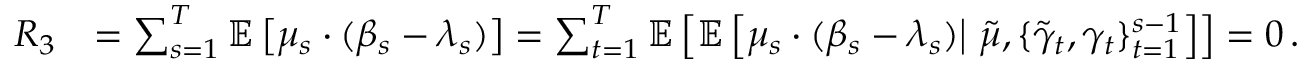
\begin{array} { r l } { R _ { 3 } } & { = \sum _ { s = 1 } ^ { T } \mathbb { E } \left[ \mu _ { s } \cdot ( \beta _ { s } - \lambda _ { s } ) \right] = \sum _ { t = 1 } ^ { T } \mathbb { E } \left[ \mathbb { E } \left[ \mu _ { s } \cdot ( \beta _ { s } - \lambda _ { s } ) \big | \ \tilde { \mu } , \{ \tilde { \gamma } _ { t } , \gamma _ { t } \} _ { t = 1 } ^ { s - 1 } \right] \right] = 0 \, . } \end{array}